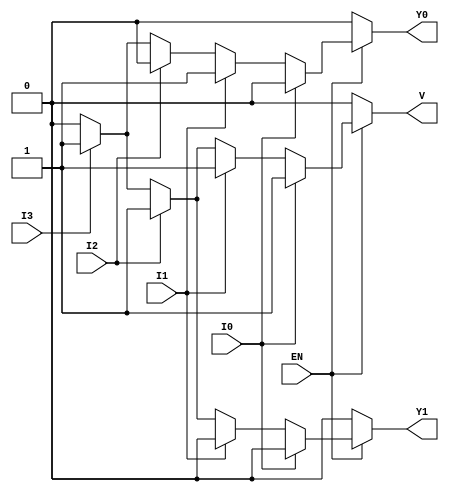
module priority_encoder (
    input wire EN,   // Enable signal
    input wire I0,   // Input 0 (highest priority)
    input wire I1,   // Input 1
    input wire I2,   // Input 2
    input wire I3,   // Input 3 (lowest priority)
    output reg Y1,   // Output bit 1
    output reg Y0,   // Output bit 0
    output reg V     // Valid output signal
);

// Always block to implement the priority encoder logic
always @(*) begin
    // Default outputs
    Y1 = 1'b0;
    Y0 = 1'b0;
    V = 1'b0;

    if (!EN) begin
        // If enable is low, set outputs to defined state
        Y1 = 1'b0;
        Y0 = 1'b0;
        V = 1'b0;
    end else begin
        // If enable is high, check inputs for priority
        if (I0) begin
            Y1 = 1'b0; // Y1Y0 = 00
            Y0 = 1'b0;
            V = 1'b1;  // Valid output
        end else if (I1) begin
            Y1 = 1'b0; // Y1Y0 = 01
            Y0 = 1'b1;
            V = 1'b1;  // Valid output
        end else if (I2) begin
            Y1 = 1'b1; // Y1Y0 = 10
            Y0 = 1'b0;
            V = 1'b1;  // Valid output
        end else if (I3) begin
            Y1 = 1'b1; // Y1Y0 = 11
            Y0 = 1'b1;
            V = 1'b1;  // Valid output
        end
    end
end

endmodule